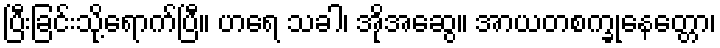
ပြီးခြင်းသို့ရောက်ပြီ။ ဟရေ သခါ၊ အိုအဆွေ။ အာယတစက္ခုနေတ္တော၊